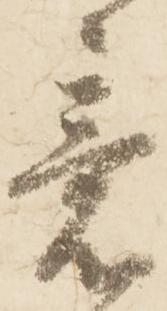
意